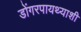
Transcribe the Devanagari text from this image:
डोंगरपायथ्याशी